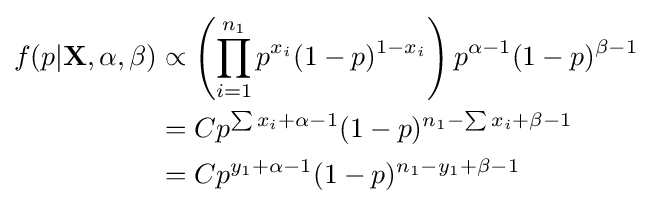
{\begin{aligned}f(p|\mathbf {X} ,\alpha ,\beta )&\propto \left(\prod _{i=1}^{n_{1}}p^{x_{i}}(1-p)^{1-x_{i}}\right)p^{\alpha -1}(1-p)^{\beta -1}\\&=Cp^{\sum x_{i}+\alpha -1}(1-p)^{n_{1}-\sum x_{i}+\beta -1}\\&=Cp^{y_{1}+\alpha -1}(1-p)^{n_{1}-y_{1}+\beta -1}\end{aligned}}